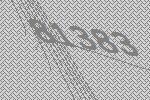
81383